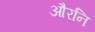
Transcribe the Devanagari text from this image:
औरनि